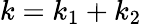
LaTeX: k=k_{1}+k_{2}